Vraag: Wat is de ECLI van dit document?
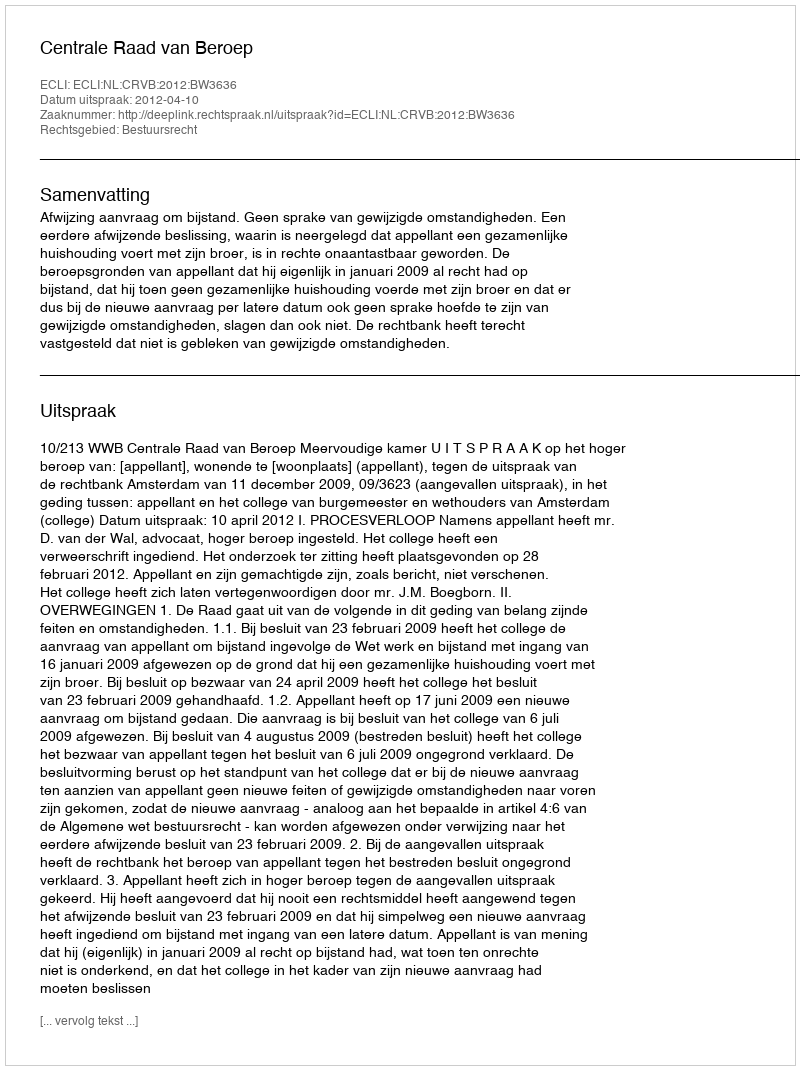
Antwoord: ECLI:NL:CRVB:2012:BW3636